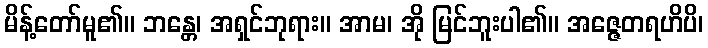
မိန့်တော်မူ၏။ ဘန္တေ၊ အရှင်ဘုရား။ အာမ၊ အို မြင်ဘူးပါ၏။ အဇ္ဇေတရဟိပိ၊